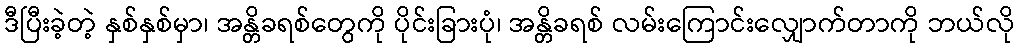
ဒီပြီးခဲ့တဲ့ နှစ်နှစ်မှာ၊ အန္တိခရစ်တွေကို ပိုင်းခြားပုံ၊ အန္တိခရစ် လမ်းကြောင်းလျှောက်တာကို ဘယ်လို